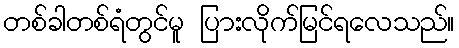
တစ်ခါတစ်ရံတွင်မူ ပြားလိုက်မြင်ရလေသည်။